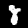
Digit: 8